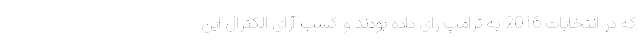
که در انتخابات 2016 به ترامپ رای داده بودند و کسب آرای الکترال این